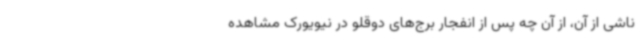
ناشی از آن، از آن چه پس از انفجار برج‌های دوقلو در نیویورک مشاهده